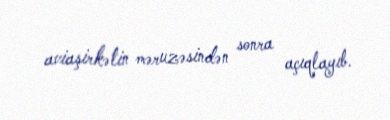
aviaşirkətin məruzəsindən sonra açıqlayıb.